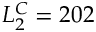
L _ { 2 } ^ { C } = 2 0 2